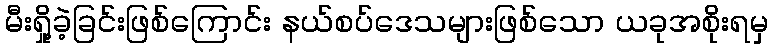
မီးရှို့ခဲ့ခြင်းဖြစ်ကြောင်း နယ်စပ်ဒေသများဖြစ်သော ယခုအစိုးရမှ